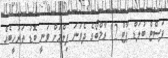
ފަސްޓް ބުލަޑް ޕާޓް 2" ރާމްބޯގެ ދެވަނަ ފިލްމަށް ވަނީ ބޮޑު ތަރުހީބެއް